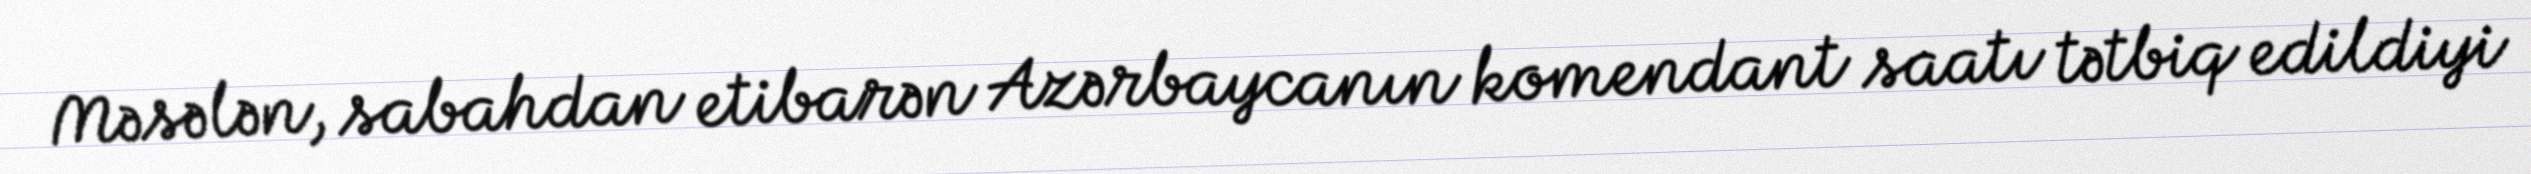
Məsələn, sabahdan etibarən Azərbaycanın komendant saatı tətbiq edildiyi